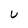
Character: U